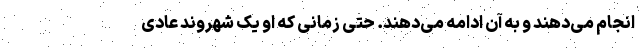
انجام می‌دهند و به آن ادامه می‌دهند. حتی زمانی که او یک شهروند عادی